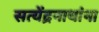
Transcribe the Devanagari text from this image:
सत्येंद्रनाथांना